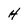
Character: H